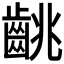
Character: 𪘈